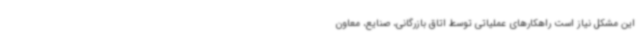
این مشکل نیاز است راهکارهای عملیاتی توسط اتاق بازرگانی، صنایع، معاون